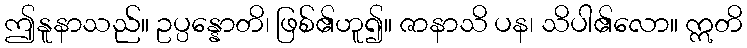
ဤနူနာသည်။ ဥပ္ပန္နောတိ၊ ဖြစ်၏ဟူ၍။ ဇာနာသိ ပန၊ သိပါ၏လော။ ဣတိ